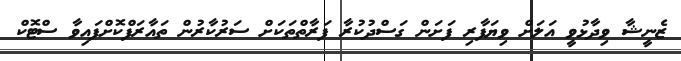
ޒެނީޝާ ވިދާޅުވީ އަލަށް ވިޔަފާރި ފަށަން ގަސްދުކުރާ ފަރާތްތަކަށް ސަރުކާރުން ތައާރަފްކޮށްފައިވާ ސްޓޮކް